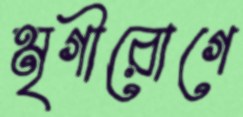
মৃগীরোগে